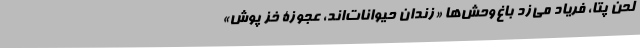
لحنِ پتا، فریاد می‌زد باغ‌وحش‌ها «زندان حیوانات‌اند، عجوزۀ خز پوش»